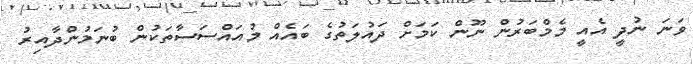
ވަނަ ނުދީ އެއީ މެމްބަރުން ނޫން ކަމަށް ދައުލަތުގެ ބައެއް މުއައްސަސާތަކުން ބުނަމުންދާއިރު